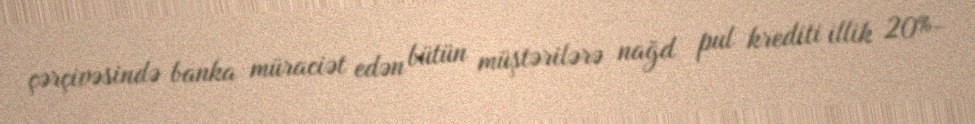
çərçivəsində banka müraciət edən bütün müştərilərə nağd pul krediti illik 20%-